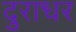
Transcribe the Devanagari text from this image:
दुराधर